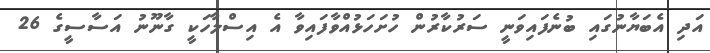
އަދި އެބަޔާނުގައި ބުނެފައިވަނީ ސަރުކާރުން ހުށަހަޅުއްވާފައިވާ އެ އިސްލާހަކީ ގާނޫނު އަސާސީގެ 26